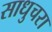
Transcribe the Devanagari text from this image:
साधुचरा